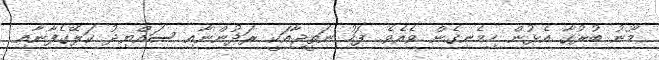
މޫނު ބުރުގާ އެޅުން ހިމެނިގެން ވެއެވެ. ފަހު ނަތީޖާއަކީ ރަދުންނާއި ސައްޔިދު ކަލޭގެފާނާއި